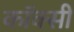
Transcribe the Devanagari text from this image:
कॉक्सी